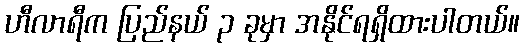
ဟီလာရီက ပြည်နယ် ၃ ခုမှာ အနိုင်ရရှိထားပါတယ်။